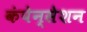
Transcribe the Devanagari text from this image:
कंपेन्सेशन